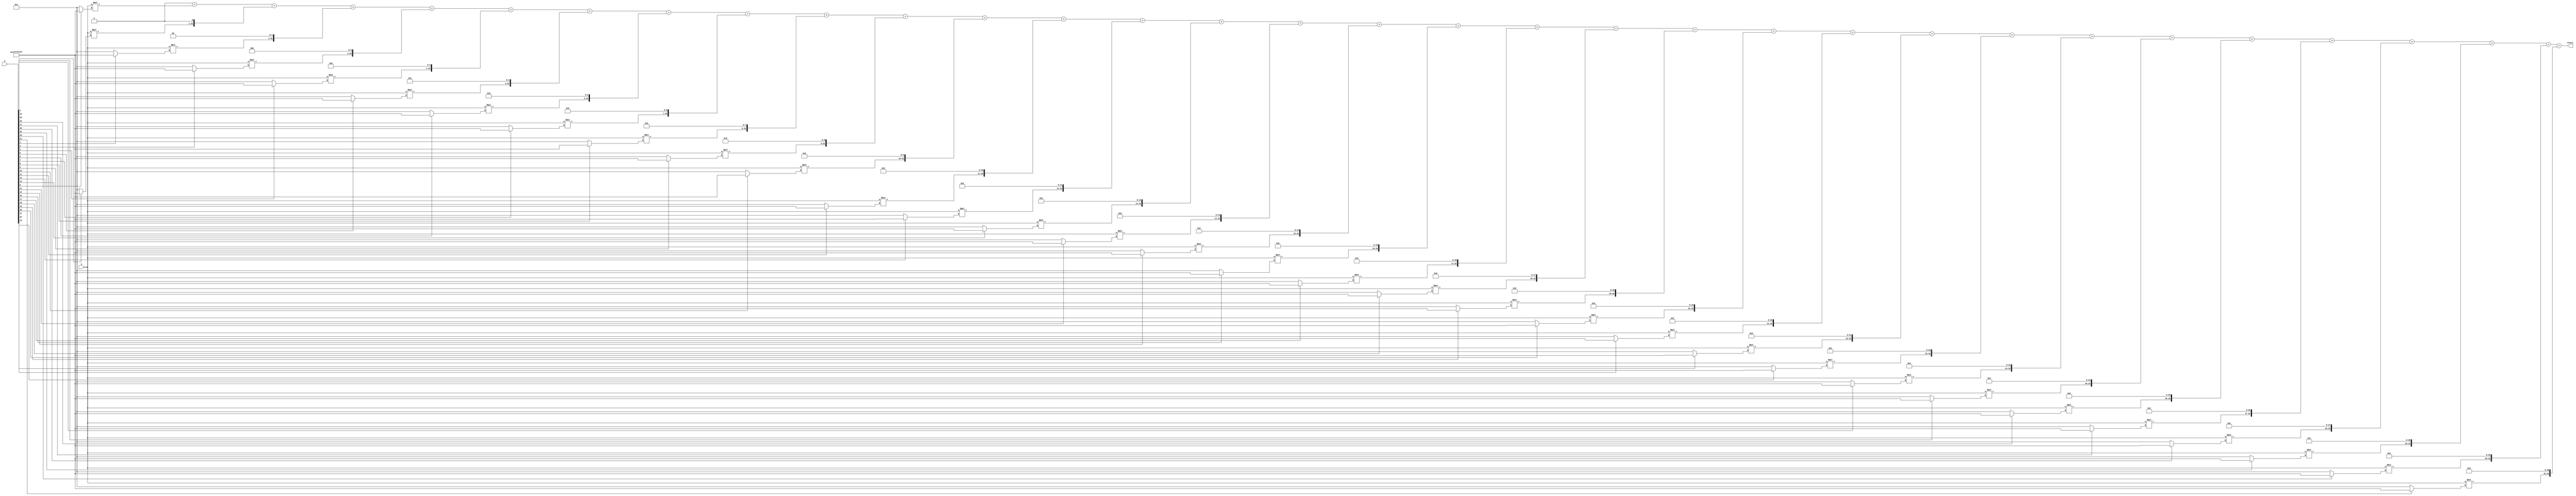
module modified_booth_multiplier(
    input wire [31:0] a,
    input wire [31:0] b,
    output reg [63:0] result
);

reg [31:0] booth_a;
reg [31:0] booth_b;
reg [32:0] partial_products [0:31];

// Encoding operands using modified Booth algorithm
always @(*) begin
    booth_a[31] = a[31];
    booth_a = {a[31], a}; // Extend sign bit
    booth_b[31] = b[31];
    booth_b = {b[31], b}; // Extend sign bit
end

// Generating partial products
integer i;
always @(*) begin
    for (i = 0; i < 32; i = i + 1) begin
        partial_products[i] = booth_a * (booth_b[i] ? -1 : 1) << i; // Generate partial product row
    end
end

// Combining and summing partial products
always @(*) begin
    result = 0;
    for (i = 0; i < 32; i = i + 1) begin
        result = result + partial_products[i]; // Sum partial products to compute result
    end
end

endmodule